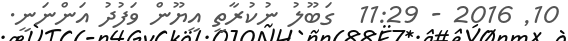
10